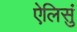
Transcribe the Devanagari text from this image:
ऐलिसुं